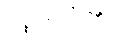
သူမတို့၏။